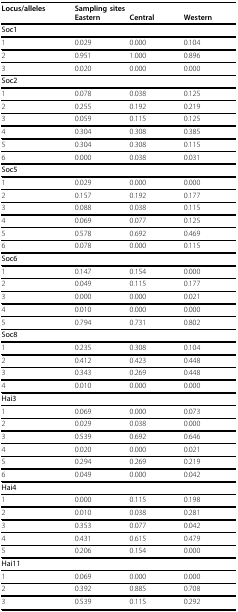
<table><thead><tr><td><b>Locus/alleles</b></td><td colspan="3"><b>Sampling sites</b></td></tr><tr><td></td><td><b>Eastern</b></td><td><b>Central</b></td><td><b>Western</b></td></tr></thead><tbody><tr><td><b>Soc1</b></td><td></td><td></td><td></td></tr><tr><td>1</td><td>0.029</td><td>0.000</td><td>0.104</td></tr><tr><td>2</td><td>0.951</td><td>1.000</td><td>0.896</td></tr><tr><td>3</td><td>0.020</td><td>0.000</td><td>0.000</td></tr><tr><td><b>Soc2</b></td><td></td><td></td><td></td></tr><tr><td>1</td><td>0.078</td><td>0.038</td><td>0.125</td></tr><tr><td>2</td><td>0.255</td><td>0.192</td><td>0.219</td></tr><tr><td>3</td><td>0.059</td><td>0.115</td><td>0.125</td></tr><tr><td>4</td><td>0.304</td><td>0.308</td><td>0.385</td></tr><tr><td>5</td><td>0.304</td><td>0.308</td><td>0.115</td></tr><tr><td>6</td><td>0.000</td><td>0.038</td><td>0.031</td></tr><tr><td><b>Soc5</b></td><td></td><td></td><td></td></tr><tr><td>1</td><td>0.029</td><td>0.000</td><td>0.000</td></tr><tr><td>2</td><td>0.157</td><td>0.192</td><td>0.177</td></tr><tr><td>3</td><td>0.088</td><td>0.038</td><td>0.115</td></tr><tr><td>4</td><td>0.069</td><td>0.077</td><td>0.125</td></tr><tr><td>5</td><td>0.578</td><td>0.692</td><td>0.469</td></tr><tr><td>6</td><td>0.078</td><td>0.000</td><td>0.115</td></tr><tr><td><b>Soc6</b></td><td></td><td></td><td></td></tr><tr><td>1</td><td>0.147</td><td>0.154</td><td>0.000</td></tr><tr><td>2</td><td>0.049</td><td>0.115</td><td>0.177</td></tr><tr><td>3</td><td>0.000</td><td>0.000</td><td>0.021</td></tr><tr><td>4</td><td>0.010</td><td>0.000</td><td>0.000</td></tr><tr><td>5</td><td>0.794</td><td>0.731</td><td>0.802</td></tr><tr><td><b>Soc8</b></td><td></td><td></td><td></td></tr><tr><td>1</td><td>0.235</td><td>0.308</td><td>0.104</td></tr><tr><td>2</td><td>0.412</td><td>0.423</td><td>0.448</td></tr><tr><td>3</td><td>0.343</td><td>0.269</td><td>0.448</td></tr><tr><td>4</td><td>0.010</td><td>0.000</td><td>0.000</td></tr><tr><td><b>Hai3</b></td><td></td><td></td><td></td></tr><tr><td>1</td><td>0.069</td><td>0.000</td><td>0.073</td></tr><tr><td>2</td><td>0.029</td><td>0.038</td><td>0.000</td></tr><tr><td>3</td><td>0.539</td><td>0.692</td><td>0.646</td></tr><tr><td>4</td><td>0.020</td><td>0.000</td><td>0.021</td></tr><tr><td>5</td><td>0.294</td><td>0.269</td><td>0.219</td></tr><tr><td>6</td><td>0.049</td><td>0.000</td><td>0.042</td></tr><tr><td><b>Hai4</b></td><td></td><td></td><td></td></tr><tr><td>1</td><td>0.000</td><td>0.115</td><td>0.198</td></tr><tr><td>2</td><td>0.010</td><td>0.038</td><td>0.281</td></tr><tr><td>3</td><td>0.353</td><td>0.077</td><td>0.042</td></tr><tr><td>4</td><td>0.431</td><td>0.615</td><td>0.479</td></tr><tr><td>5</td><td>0.206</td><td>0.154</td><td>0.000</td></tr><tr><td><b>Hai11</b></td><td></td><td></td><td></td></tr><tr><td>1</td><td>0.069</td><td>0.000</td><td>0.000</td></tr><tr><td>2</td><td>0.392</td><td>0.885</td><td>0.708</td></tr><tr><td>3</td><td>0.539</td><td>0.115</td><td>0.292</td></tr></tbody></table>